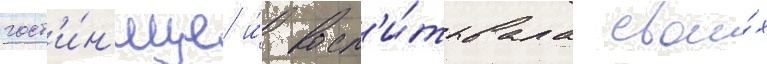
гост'и́н'ице и́ восп'и́тывала свои́х